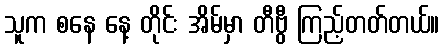
သူက စနေ နေ့ တိုင်း အိမ်မှာ တီဗွီ ကြည့်တတ်တယ်။